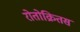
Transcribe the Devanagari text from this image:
रोतोक्रितस